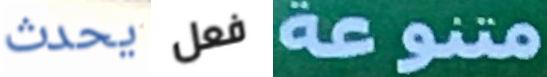
يحدث فعل متنوعة